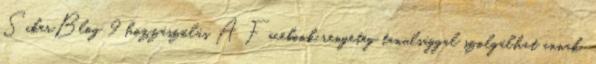
SikerBlog 9 hozzászólás A Facebook rengeteg tanulsággal szolgálhat annak,